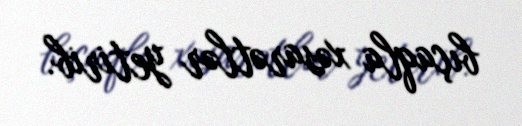
bıçaqla xəsarətlər yetirib.